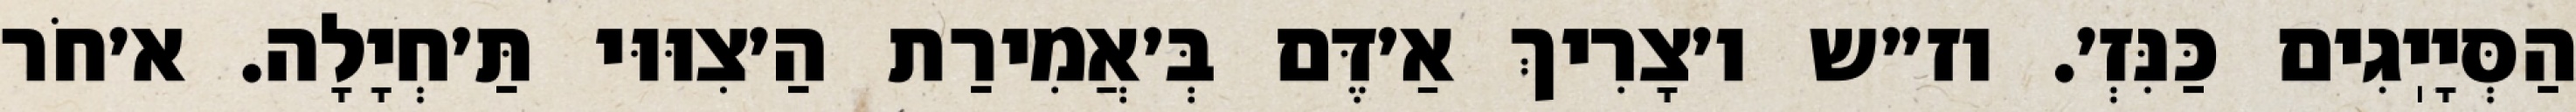
הַסְּיָיֽגִים כַּנִּזְ׳. וז״ש ו׳צָרִיךְ אַ׳דֶּם בְּ׳אֲמִירַת הַ׳צִוּוּי תַּ׳חְיָלָה. א׳חֹר